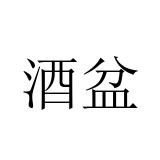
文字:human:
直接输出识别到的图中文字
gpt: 酒盆